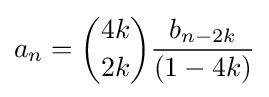
a_{n}={\binom {4k}{2k}}{\frac {b_{n-2k}}{(1-4k)}}